Report of the Bombay Veterinary College
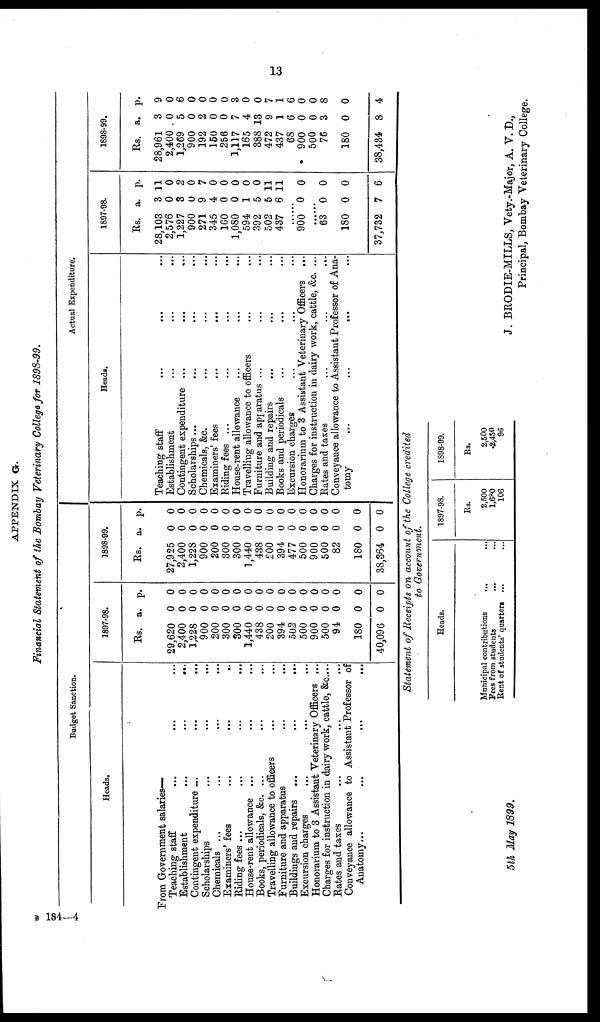
13
APPENDIX G.
Financial Statement of the Bombay Veterinary College for 1898-99.
Budget Sanction.
Heads.
From Government salaries—
Teaching staff
Establishment...
Contingent expenditure ... ...
Scholarships...
Chemicals ... ...
Examiners' fees... ... ...
Riding fees ... ...
House-rent allowance ... ...
Books, periodicals, &c. ... ...
Travelling allowance to officers... ...
Furniture and apparatus...
Buildings and repairs ... ...
Excursion charges...
Honorarium to 3 Assistant Veterinary Officers ...
Charges for instruction in dairy work, cattle, &c...
Rates and taxes
Conveyance allowance to Assistant Professor of
Anatomy...
...
...
1897-98.
Rs.
29,620
2,400
1,228
900
200
300
300
1,440
438
200
394
502
500
900
500
94
180
40,096
a.
0
0
0
0
0
0
0
0
0
0
0
0
0
0
0
0
0
0
p.
0
0
0
0
0
0
0
0
0
0
0
0
0
0
0
0
0
0
1898-99.
Rs.
27,925
2,400
1,228
900
200
300
300
1,440
438
200
394
477
500
900
500
82
180
38,364
a.
0
0
0
0
0
0
0
0
0
0
0
0
0
0
0
0
0
0
p.
0
0
0
0
0
0
0
0
0
0
0
0
0
0
0
0
0
0
Actual Expenditure.
Heads.
Teaching staff
Establishment
Contingent expenditure ...
Scholarships...
Chemicals, &c.
Examiners' fees
...
Riding fees ...
...
...
...
House-rent allowance
Travelling allowance to officers
Furniture and apparatus ...
Building and repairs
Books and periodicals
Excursion charges
Honorarium to 3 Assistant Veterinary Officers
...
Charges for instruction in dairy work, cattle, &c. ...
Rates and taxes
...
...
...
Conveyance allowance to Assistant Professor of Ana-
tomy
...
...
...
1897-98.
Rs.
28,103
2,576
1,227
900
271
345
160
1,080
594
392
502
437
900
63
180
37,732
a.
3
0
3
0
9
4
0
0
1
5
5
6
0
0
0
7
p.
11
0
2
0
7
0
0
0
0
0
11
11
0
0
0
6
1898-99.
Rs.
28,961
2,400
1,269
900
192
150
256
1,117
165
388
472
437
68
900
500
76
180
38,434
a.
3
0
5
0
2
0
0
7
4
13
9
1
6
0
0
3
0
8
p.
9
0
6
0
0
0
0
3
0
0
7
1
6
0
0
8
0
4
Statement of Receipts on account of the College credited
to Government.
Heads.
Municipal contributions
...
Fees from students
Rent of students' quarters ...
...
1897-98.
Rs.
2,500
1,680
106
1898-99.
Rs.
2,500
2,450
96
5th May 1899.
J. BRODIE-MILLS, Vety.-Major, A. V. D.,
Principal, Bombay Veterinary College.
B 184—4